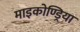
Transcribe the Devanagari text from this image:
माइकोण्ड्रिया